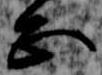
正